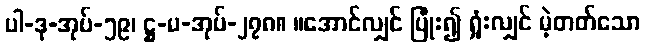
ပါ-ဒု-အုပ်-၅၉၊ ဋ္ဌ-မ-အုပ်-၂၇၈။ ။အောင်လျှင် ပြုံး၍ ရှုံးလျှင် မဲ့တတ်သော